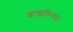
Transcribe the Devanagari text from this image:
शाखाविन्यस्त